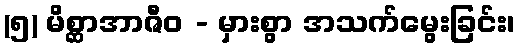
(၅) မိစ္ဆာအာဇီဝ - မှားစွာ အသက်မွေးခြင်း၊